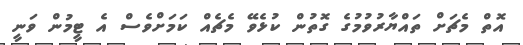
އޮތް މެޗަށް ތައްޔާރުވުމުގެ ގޮތުން ކުޅެވޭ މެޗެއް ކަމަށްވެސް އެ ޓީމުން ވަނީ